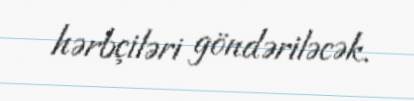
hərbçiləri göndəriləcək.